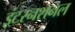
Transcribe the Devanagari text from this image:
इंटरनशनल